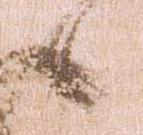
候